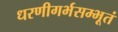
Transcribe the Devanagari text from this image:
धरणीगर्भसम्भूतं